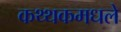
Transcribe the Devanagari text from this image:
कथ्थकमधले